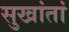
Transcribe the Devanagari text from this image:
सुखांतां